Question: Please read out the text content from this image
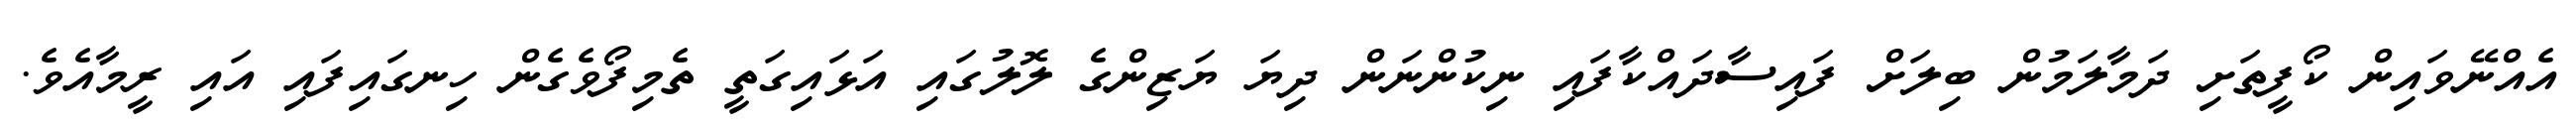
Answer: އެއްނޭވައިން ކޯފީތަށި ދަމާލަމުން ބިލަށް ފައިސާދައްކާފައި ނިކުންނަން ދިޔަ ޔަޒިންގެ ލޮލުގައި އަޅައިގަތީ ތެމިފޯވެގެން ހިނގައިފައި އައި ރީމާއެވެ.